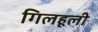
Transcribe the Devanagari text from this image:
गिलहूली